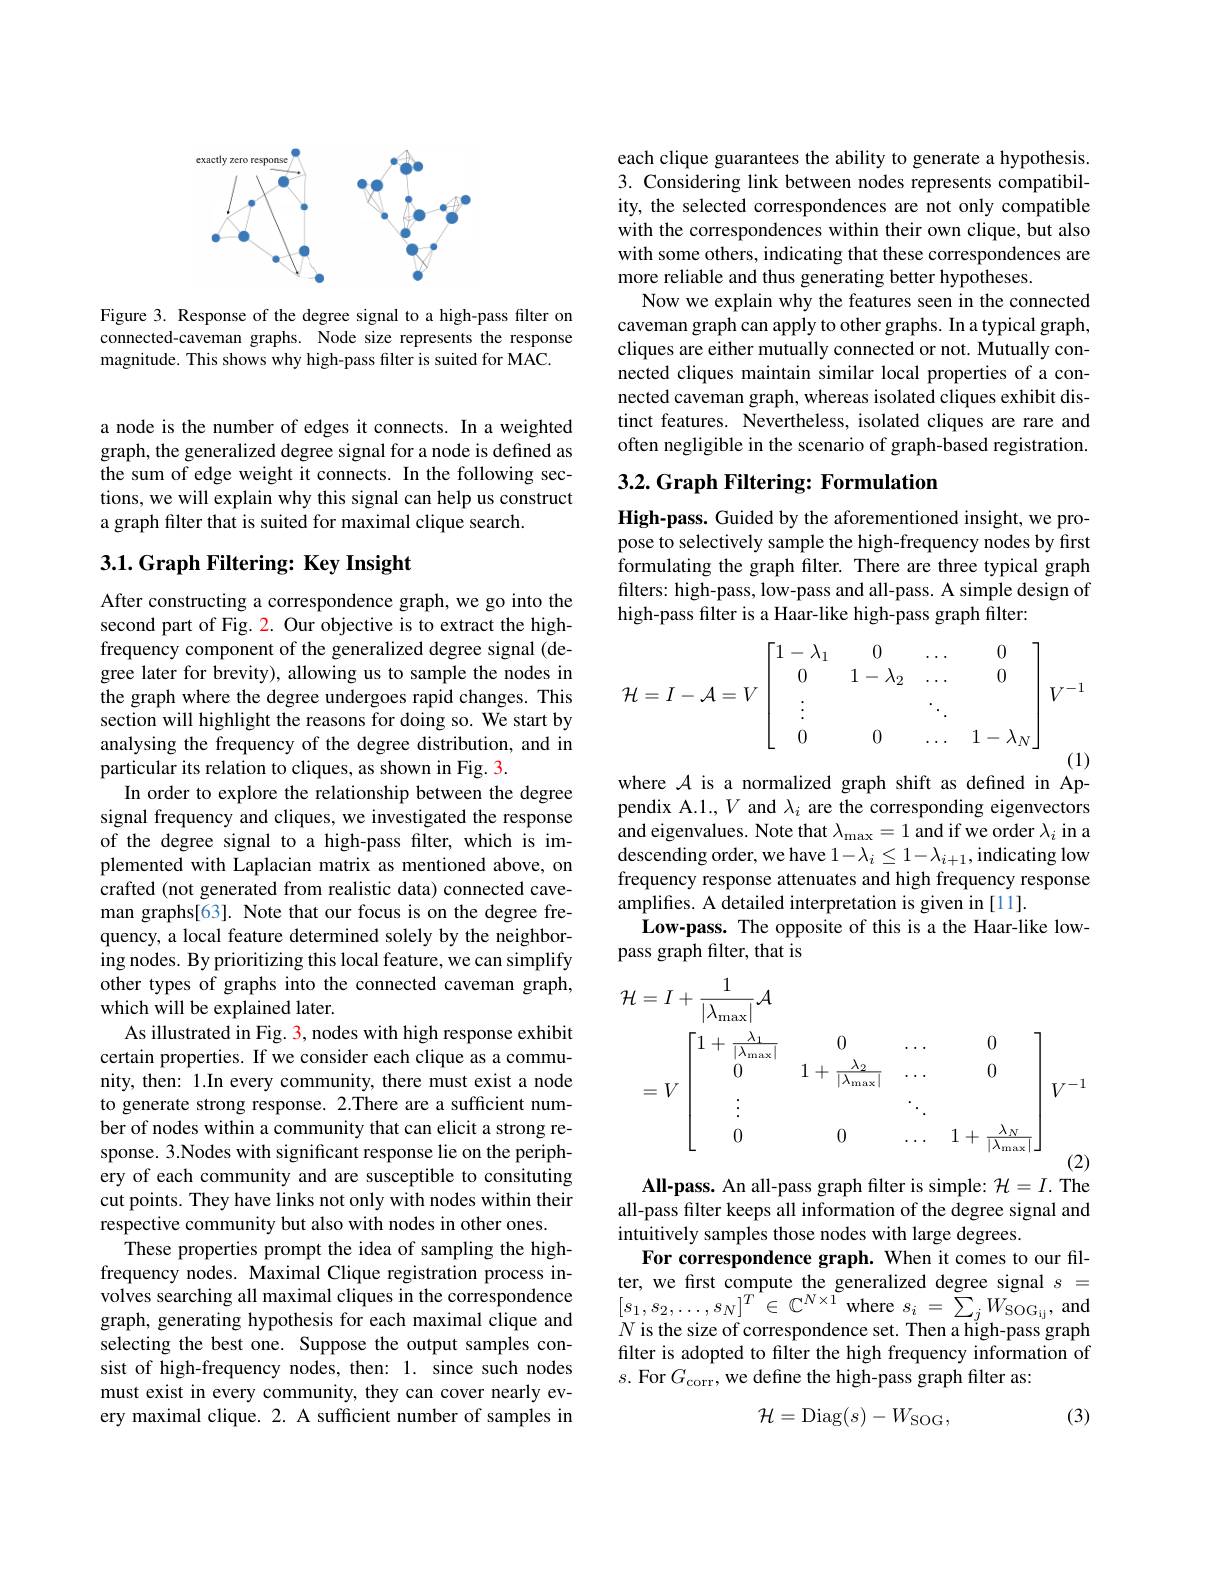
<FigureHere>

Figure 3. Response of the degree signal to a high-pass filter on connected-caveman graphs. Node size represents the response magnitude. This shows why high-pass filter is suited for MAC.

a node is the number of edges it connects. In a weighted graph, the generalized degree signal for a node is defined as the sum of edge weight it connects. In the following sections, we will explain why this signal can help us construct a graph filter that is suited for maximal clique search.

### 3.1. Graph Filtering: Key Insight

After constructing a correspondence graph, we go into the second part of Fig. 2. Our objective is to extract the highfrequency component of the generalized degree signal (degree later for brevity), allowing us to sample the nodes in the graph where the degree undergoes rapid changes. This section will highlight the reasons for doing so. We start by analysing the frequency of the degree distribution, and in particular its relation to cliques, as shown in Fig. 3.
In order to explore the relationship between the degree signal frequency and cliques, we investigated the response of the degree signal to a high-pass filter, which is implemented with Laplacian matrix as mentioned above, on crafted (not generated from realistic data) connected caveman graphs[63]. Note that our focus is on the degree frequency, a local feature determined solely by the neighboring nodes. By prioritizing this local feature, we can simplify other types of graphs into the connected caveman graph, which will be explained later.
As illustrated in Fig. 3, nodes with high response exhibit certain properties. If we consider each clique as a community, then: 1.In every community, there must exist a node to generate strong response. 2.There are a sufficient number of nodes within a community that can elicit a strong response. 3.Nodes with significant response lie on the periphery of each community and are susceptible to consituting cut points. They have links not only with nodes within their respective community but also with nodes in other ones.
These properties prompt the idea of sampling the highfrequency nodes. Maximal Clique registration process involves searching all maximal cliques in the correspondence graph, generating hypothesis for each maximal clique and selecting the best one. Suppose the output samples consist of high-frequency nodes, then: 1. since such nodes must exist in every community, they can cover nearly every maximal clique. 2. A sufficient number of samples in

each clique guarantees the ability to generate a hypothesis. 3. Considering link between nodes represents compatibility, the selected correspondences are not only compatible with the correspondences within their own clique, but also with some others, indicating that these correspondences are more reliable and thus generating better hypotheses.
Now we explain why the features seen in the connected caveman graph can apply to other graphs. In a typical graph, cliques are either mutually connected or not. Mutually connected cliques maintain similar local properties of a connected caveman graph, whereas isolated cliques exhibit distinct features. Nevertheless, isolated cliques are rare and often negligible in the scenario of graph-based registration.

## 3.2. Graph Filtering: Formulation

High-pass. Guided by the aforementioned insight, we propose to selectively sample the high-frequency nodes by first formulating the graph filter. There are three typical graph filters: high-pass, low-pass and all-pass. A simple design of high-pass filter is a Haar-like high-pass graph filter:
$$\mathcal{H}=I-\mathcal{A}=V\begin{bmatrix}1-\lambda_1&0&\dots&0\\0&1-\lambda_2&\dots&0\\\vdots&&\ddots&\\0&0&\dots&1-\lambda_N\end{bmatrix}V^{-1}$$
where $\mathcal{A}$ is a normalized graph shift as defined in Ap-

pendix A.1., $V$ and $\lambda_i$ are the corresponding eigenvectors and eigenvalues. Note that $\lambda_\mathrm{max}=1$ and if we order $\lambda_i$ in a descending order, we have $1-\lambda_i\leq1-\lambda_{i+1}$, indicating low frequency response attenuates and high frequency response amplifies. A detailed interpretation is given in [11].
Low-pass. The opposite of this is a the Haar-like low-
pass graph filter, that is
$$\begin{aligned}\mathcal{H}&=I+\frac{1}{|\lambda_{\max}|}\mathcal{A}\\&=V\begin{bmatrix}1+\frac{\lambda_1}{|\lambda_{\max}|}&0&\ldots&0\\0&1+\frac{\lambda_2}{|\lambda_{\max}|}&\ldots&0\\\vdots&&\ddots\\0&0&\ldots&1+\frac{\lambda_N}{|\lambda_{\max}|}\end{bmatrix}V^{-1}\end{aligned}$$
All-pass. An all-pass graph filter is simple: $\mathcal{H}=I.$ The

all-pass filter keeps all information of the degree signal and
intuitively samples those nodes with large degrees.
For correspondence graph. When it comes to our filter, we first compute the generalized degree signal $s=$ $[s_{1},s_{2},\ldots,s_{N}]^{T}\in\mathbb{C}^{N\times1}$where$s_i=\sum_jW_{\mathrm{SOG_{ij}}}$,and $N$ is the size of correspondence set. Then a high-pass graph filter is adopted to filter the high frequency information of $s.$ For $G_{\mathrm{corr}}$, we define the high-pass graph filter as:

(3)
$$\mathcal{H}=\mathrm{Diag}(s)-W_\mathrm{SOG},$$